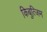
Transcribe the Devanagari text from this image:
किबुत्जिम